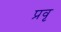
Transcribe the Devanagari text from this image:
प्रवृ